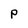
Character: P